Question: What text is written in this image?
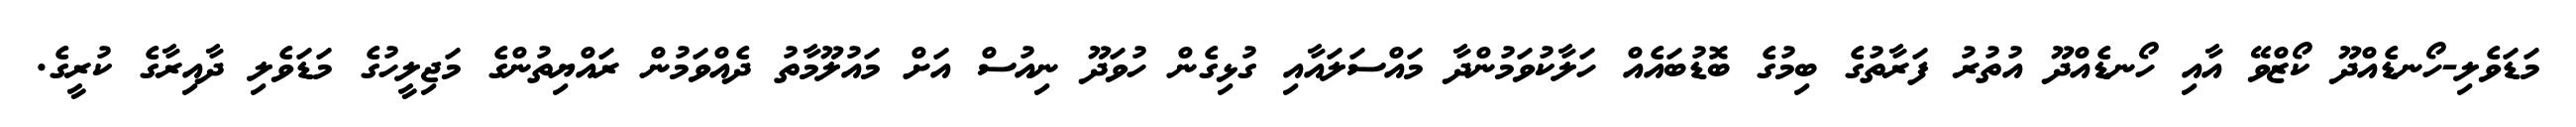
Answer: މަޑަވެލި-ހޯނޑެއްދޫ ކޯޒްވޭ އާއި ހޯނޑެއްދޫ އުތުރު ފަރާތުގެ ބިމުގެ ބޮޑުބައެއް ހަލާކުވަމުންދާ މައްސަލައާއި ގުޅިގެން ހުވަދޫ ނިއުސް އަށް މައުލޫމާތު ދެއްވަމުން ރައްޔިތުންގެ މަޖިލީހުގެ މަޑަވެލި ދާއިރާގެ ކުރީގެ.